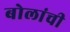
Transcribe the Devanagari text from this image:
बोलांची